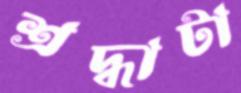
শ্রদ্ধাটা